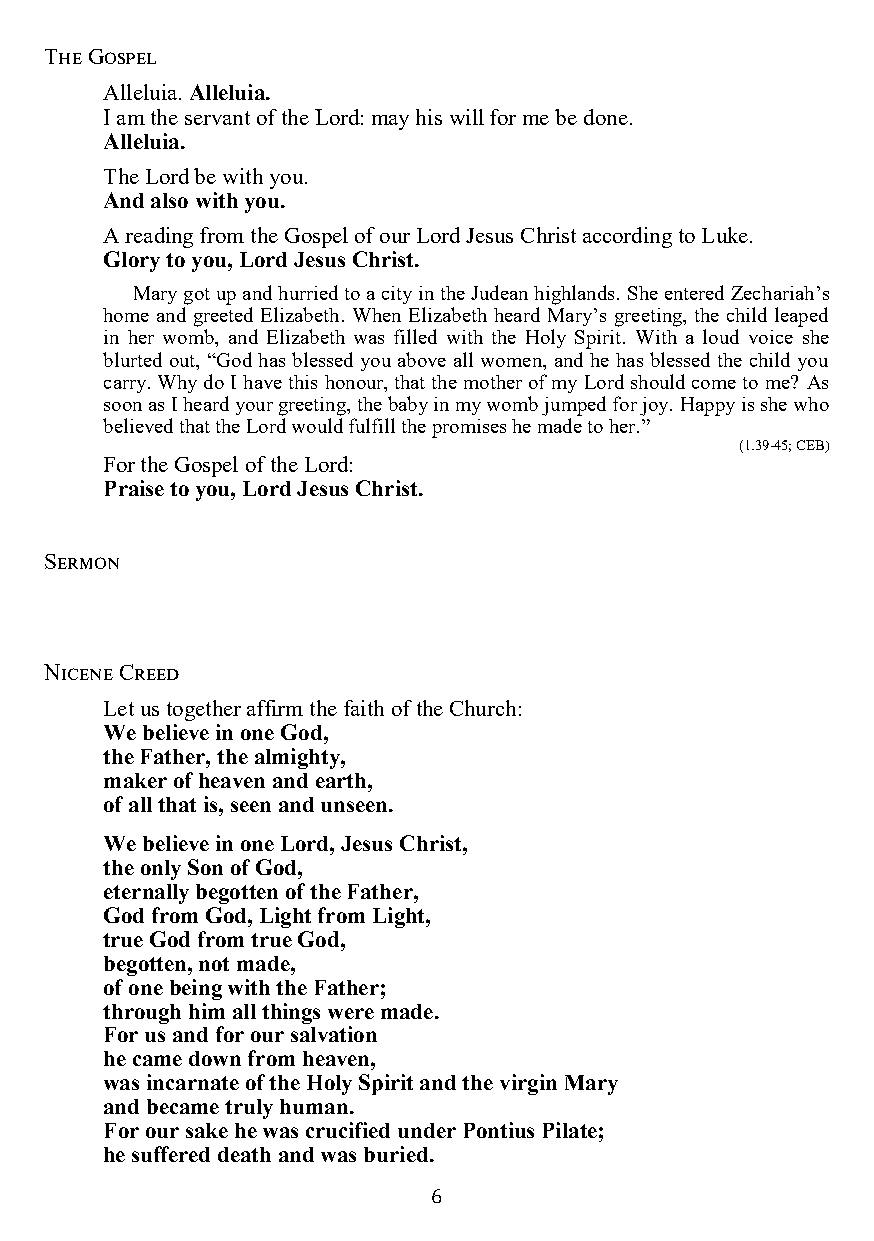
The Gospel
 Alleluia. Alleluia.
 I am the servant of the Lord: may his will for me be done.
 Alleluia.
 The Lord be with you.
 And also with you.
 A reading from the Gospel of our Lord Jesus Christ according to Luke.
 Glory to you, Lord Jesus Christ.
 Mary got up and hurried to a city in the Judean highlands. She entered Zechariah’s
 home and greeted Elizabeth. When Elizabeth heard Mary’s greeting, the child leaped
 in her womb, and Elizabeth was filled with the Holy Spirit. With a loud voice she
 blurted out, “God has blessed you above all women, and he has blessed the child you
 carry. Why do I have this honour, that the mother of my Lord should come to me? As
 soon as I heard your greeting, the baby in my womb jumped for joy. Happy is she who
 believed that the Lord would fulfill the promises he made to her.”
 (1.39-45; CEB)
 For the Gospel of the Lord:
 Praise to you, Lord Jesus Christ.
 Sermon
 Nicene Creed
 Let us together affirm the faith of the Church:
 We believe in one God,
 the Father, the almighty,
 maker of heaven and earth,
 of all that is, seen and unseen.
 We believe in one Lord, Jesus Christ,
 the only Son of God,
 eternally begotten of the Father,
 God from God, Light from Light,
 true God from true God,
 begotten, not made,
 of one being with the Father;
 through him all things were made.
 For us and for our salvation
 he came down from heaven,
 was incarnate of the Holy Spirit and the virgin Mary
 and became truly human.
 For our sake he was crucified under Pontius Pilate;
 he suffered death and was buried.
 6